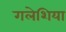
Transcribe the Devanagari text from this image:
गलेशिया